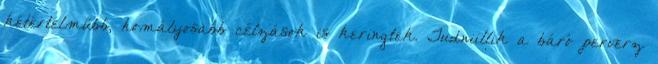
kétértelműbb, homályosabb célzások is keringtek. Tudniillik a báró perverz